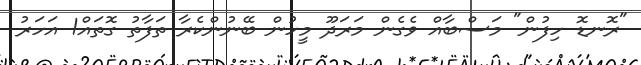
"ރޮނޑޮ ހިފުން" މަސްބާއް ވެގެން މަރަދޫ މީހުން ބޭނުންކެރާ ތަފާތު ގޮތައް1 އަހަރު